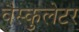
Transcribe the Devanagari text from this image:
वैस्कुलेटर